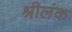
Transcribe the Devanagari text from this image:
श्रीलंक